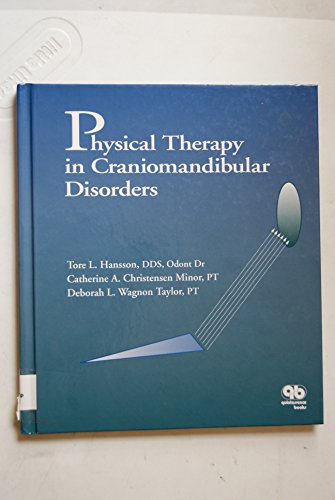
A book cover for Physical Therapy in Craniomandibular Disorders; Tore Hansson; Medical Books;